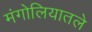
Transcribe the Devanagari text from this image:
मंगोलियातले